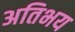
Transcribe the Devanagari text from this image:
अतिभय